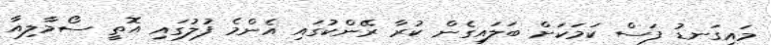
މައިގަނޑު ފަސް ކަމަކަށް ބަލައިގެން ކުރާ ރޭންކުގައި އެންމެ ފުލުގައި އޮތީ ސޯމާލިއާ